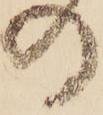
の